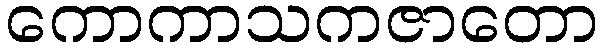
ကောကာသကဇာတော